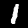
Digit: 1